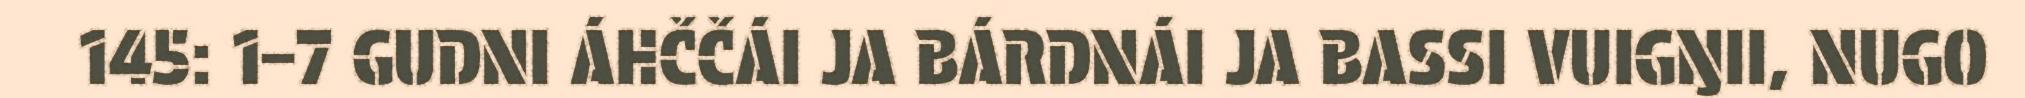
145: 1–7 GUDNI ÁHČČÁI JA BÁRDNÁI JA BASSI VUIGŊII, NUGO